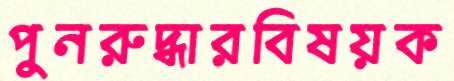
পুনরুদ্ধারবিষয়ক